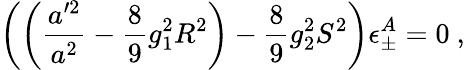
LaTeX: \left(\left(\frac{a^{\prime 2}}{a^{2}}-\frac{8}{9}g_{1}^{2}R^{2}\right)-\frac{8}{9}g_{2}^{2}S^{2}\right)\epsilon_{\pm}^{A}=0\ ,